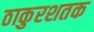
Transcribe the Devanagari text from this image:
ठाकुरशतक